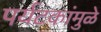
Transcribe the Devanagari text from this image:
पर्यटकांमुळे